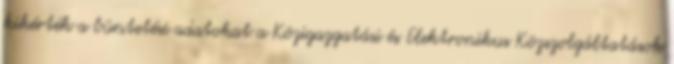
kikérték a büntetési adatokat a Közigazgatási és Elektronikus Közszolgáltatások